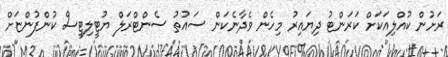
ރަށުން ކުއްލިއަކަށް ކަރަންޓު ދިޔައިރު މިހެން ވެދާނެކަން ސައުތު ސެންޓްރަލް ޔުޓީލިޓީސް ކުންފުންޏަށް